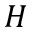
H